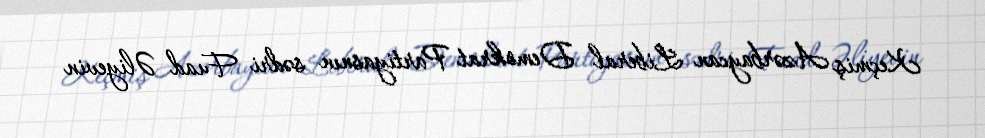
Keçmiş Azərbaycan Liberal Demokrat Partiyasnın sədri Fuad Əliyevin